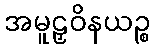
အမူဠှဝိနယဉ္စ